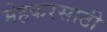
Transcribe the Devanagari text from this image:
मेहकरसाठी